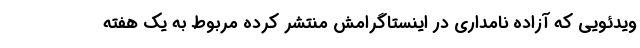
ویدئویی که آزاده نامداری در اینستاگرامش منتشر کرده مربوط به یک هفته